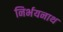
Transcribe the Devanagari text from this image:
निर्भयनाथ